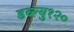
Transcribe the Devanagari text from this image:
डब्ल्यु१२०